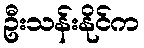
ဦးသန်းနိုင်က